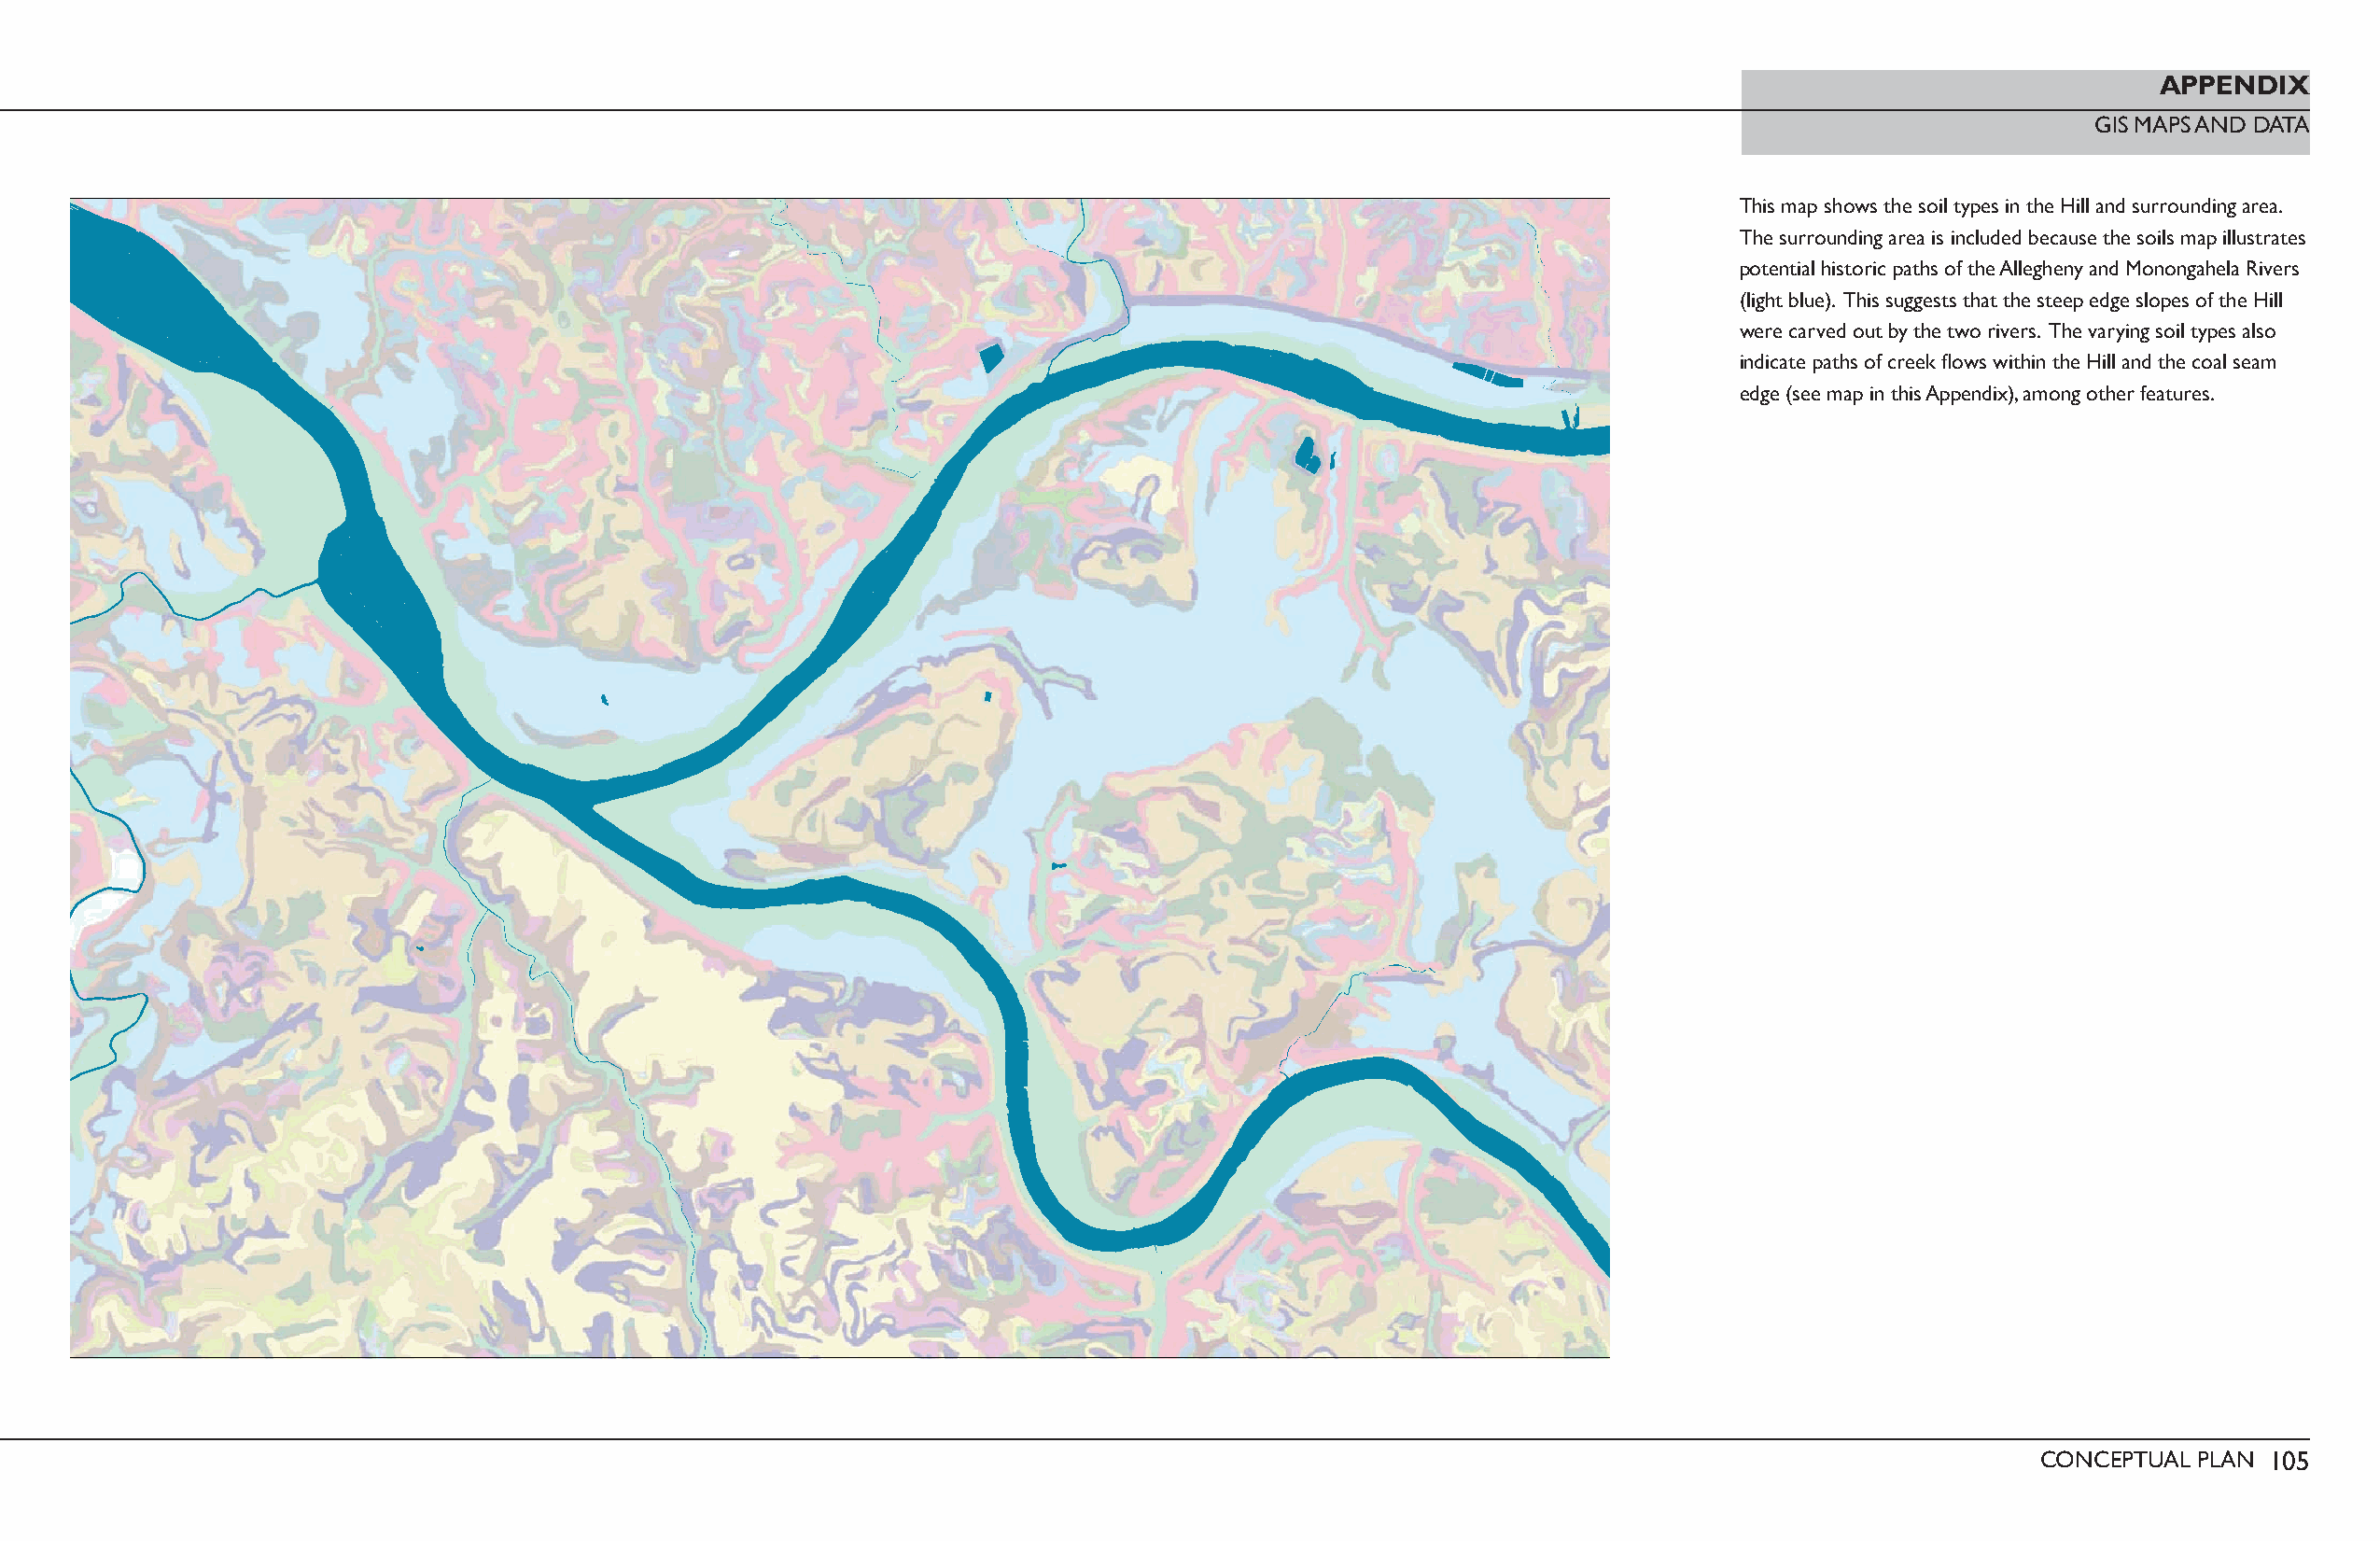
APPENDIX
 GIS MAPS AND DATA
 This map shows the soil types in the Hill and surrounding area.
 The surrounding area is included because the soils map illustrates
 potential historic paths of the Allegheny and Monongahela Rivers
 (light blue). This suggests that the steep edge slopes of the Hill
 were carved out by the two rivers. The varying soil types also
 indicate paths of creek fl ows within the Hill and the coal seam
 edge (see map in this Appendix), among other features.
 CONCEPTUAL PLAN 105